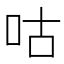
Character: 咕